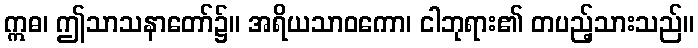
ဣဓ၊ ဤသာသနာတော်၌။ အရိယသာဝကော၊ ငါဘုရား၏ တပည့်သားသည်။